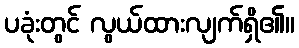
ပခုံးတွင် လွယ်ထားလျက်ရှိ၏။